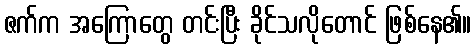
ဇက်က အကြောတွေ တင်းပြီး ခိုင်သလိုတောင် ဖြစ်နေ၏။